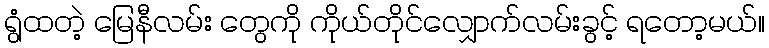
ရွံထတဲ့ မြေနီလမ်း တွေကို ကိုယ်တိုင်လျှောက်လမ်းခွင့် ရတော့မယ်။